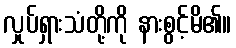
လှုပ်ရှားသံတို့ကို နားစွင့်မိ၏။